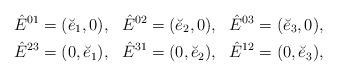
LaTeX: \begin{align*}\hat{E}^{01} = (\breve{e}_1, 0),\ \ \hat{E}^{02} = (\breve{e}_2, 0), \ \ \hat{E}^{03} = (\breve{e}_3, 0), \\\hat{E}^{23} = (0, \breve{e}_1),\ \ \hat{E}^{31} = ( 0, \breve{e}_2), \ \ \hat{E}^{12} = (0, \breve{e}_3),\end{align*}